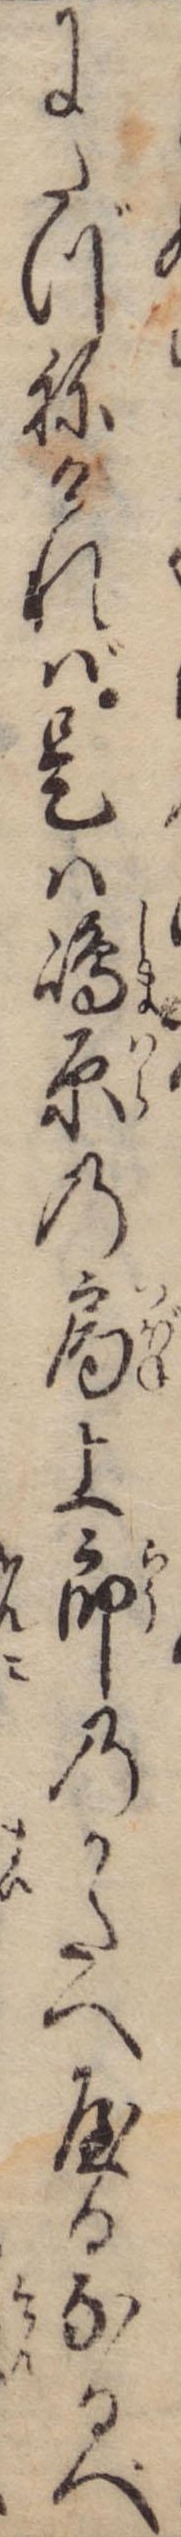
にたづねければ是は島原の局上郎のかたへやるなるべ